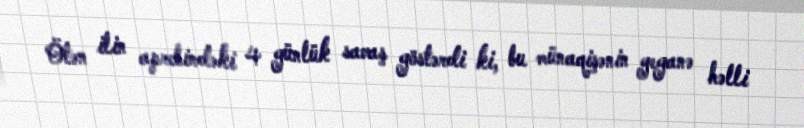
Ötən ilin aprelindəki 4 günlük savaş göstərdi ki, bu münaqişənin yeganə həlli